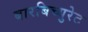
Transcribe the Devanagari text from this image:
बारबिच्युरेट